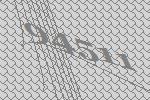
94511